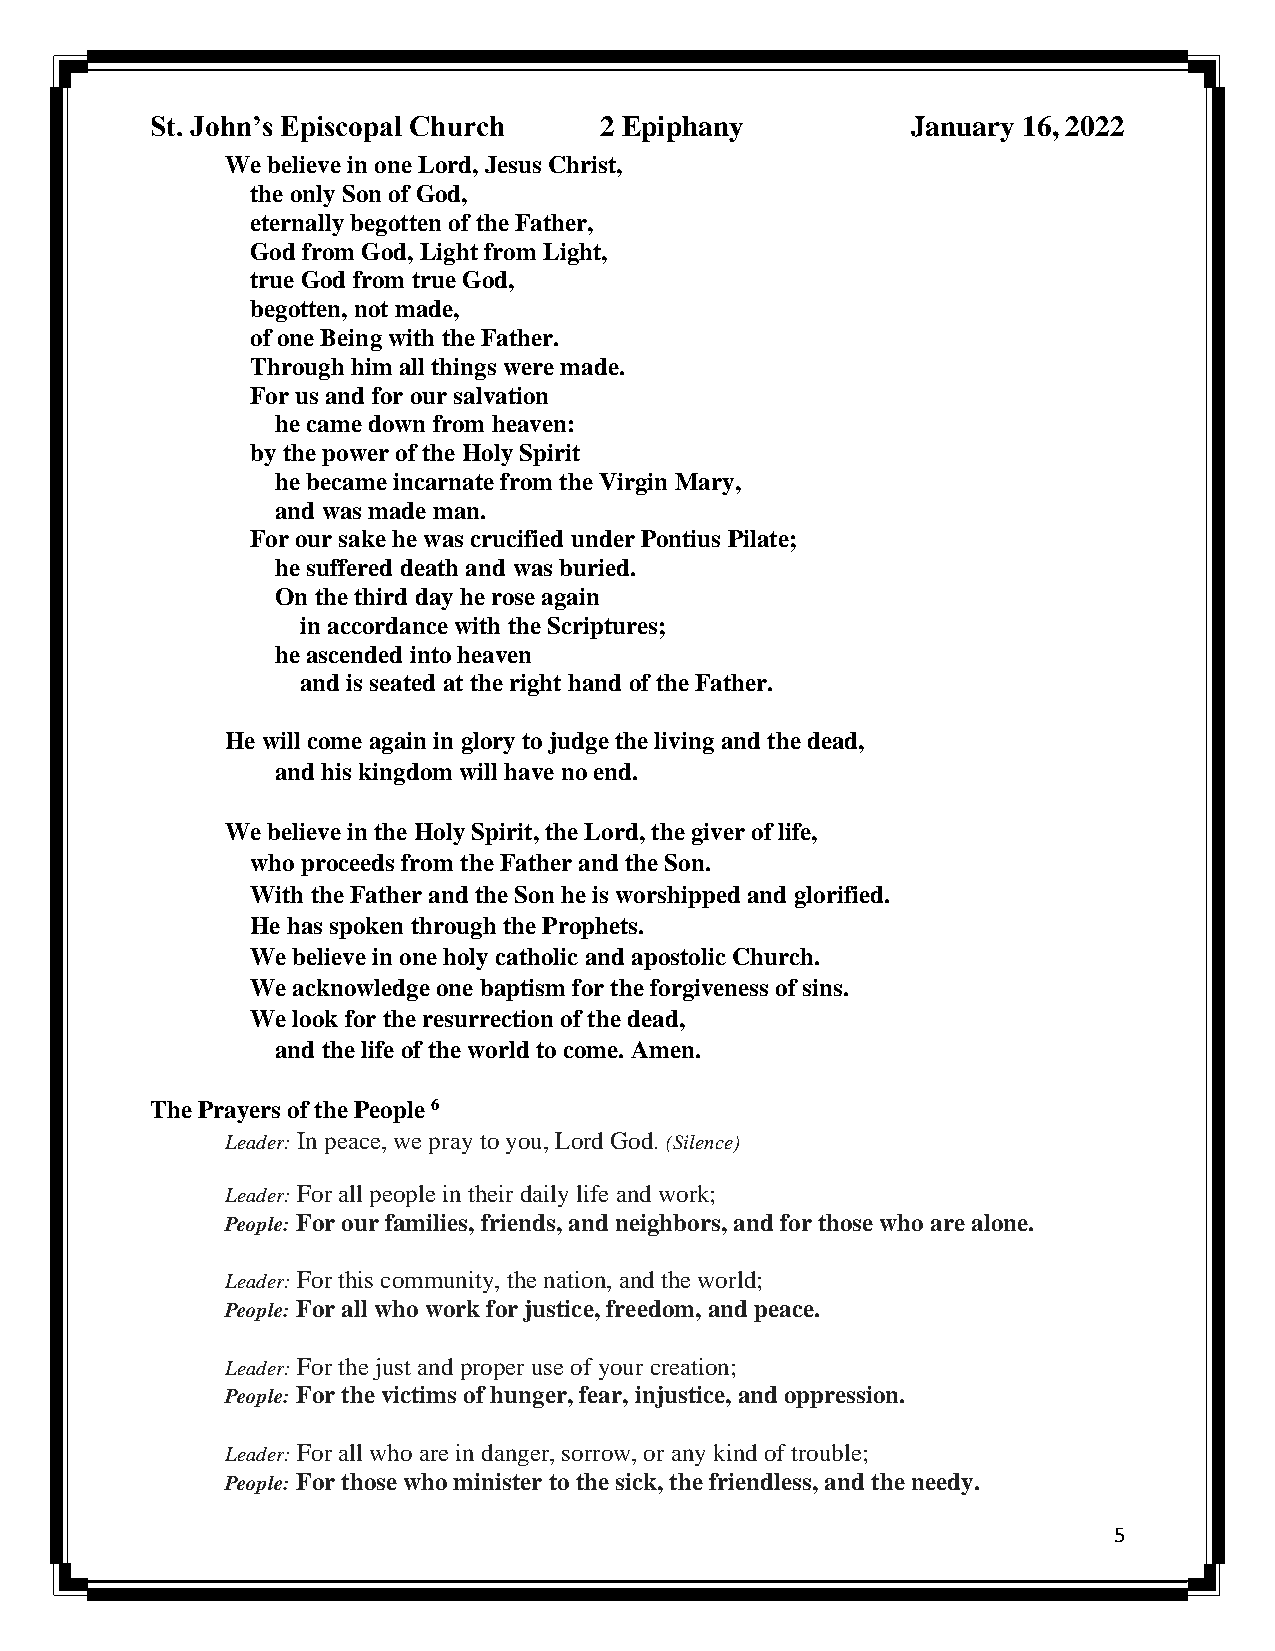
St. John’s Episcopal Church   2 Epiphany          January 16, 2022
 We believe in one Lord, Jesus Christ,
 the only Son of God,
 eternally begotten of the Father,
 God from God, Light from Light,
 true God from true God,
 begotten, not made,
 of one Being with the Father.
 Through him all things were made.
 For us and for our salvation
 he came down from heaven:
 by the power of the Holy Spirit
 he became incarnate from the Virgin Mary,
 and was made man.
 For our sake he was crucified under Pontius Pilate;
 he suffered death and was buried.
 On the third day he rose again
 in accordance with the Scriptures;
 he ascended into heaven
 and is seated at the right hand of the Father.
 He will come again in glory to judge the living and the dead,
 and his kingdom will have no end.
 We believe in the Holy Spirit, the Lord, the giver of life,
 who proceeds from the Father and the Son.
 With the Father and the Son he is worshipped and glorified.
 He has spoken through the Prophets.
 We believe in one holy catholic and apostolic Church.
 We acknowledge one baptism for the forgiveness of sins.
 We look for the resurrection of the dead,
 and the life of the world to come. Amen.
 The Prayers of the People 6
 Leader: In peace, we pray to you, Lord God. (Silence)
 Leader: For all people in their daily life and work;
 People: For our families, friends, and neighbors, and for those who are alone.
 Leader: For this community, the nation, and the world;
 People: For all who work for justice, freedom, and peace.
 Leader: For the just and proper use of your creation;
 People: For the victims of hunger, fear, injustice, and oppression.
 Leader: For all who are in danger, sorrow, or any kind of trouble;
 People: For those who minister to the sick, the friendless, and the needy.
 5